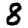
Digit: 8